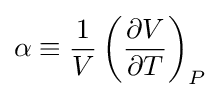
\alpha \equiv {\frac {1}{V}}\left({\frac {\partial V}{\partial T}}\right)_{P}